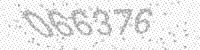
Solution: 066376